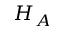
H _ { A }